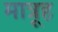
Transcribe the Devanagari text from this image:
मात्रूह